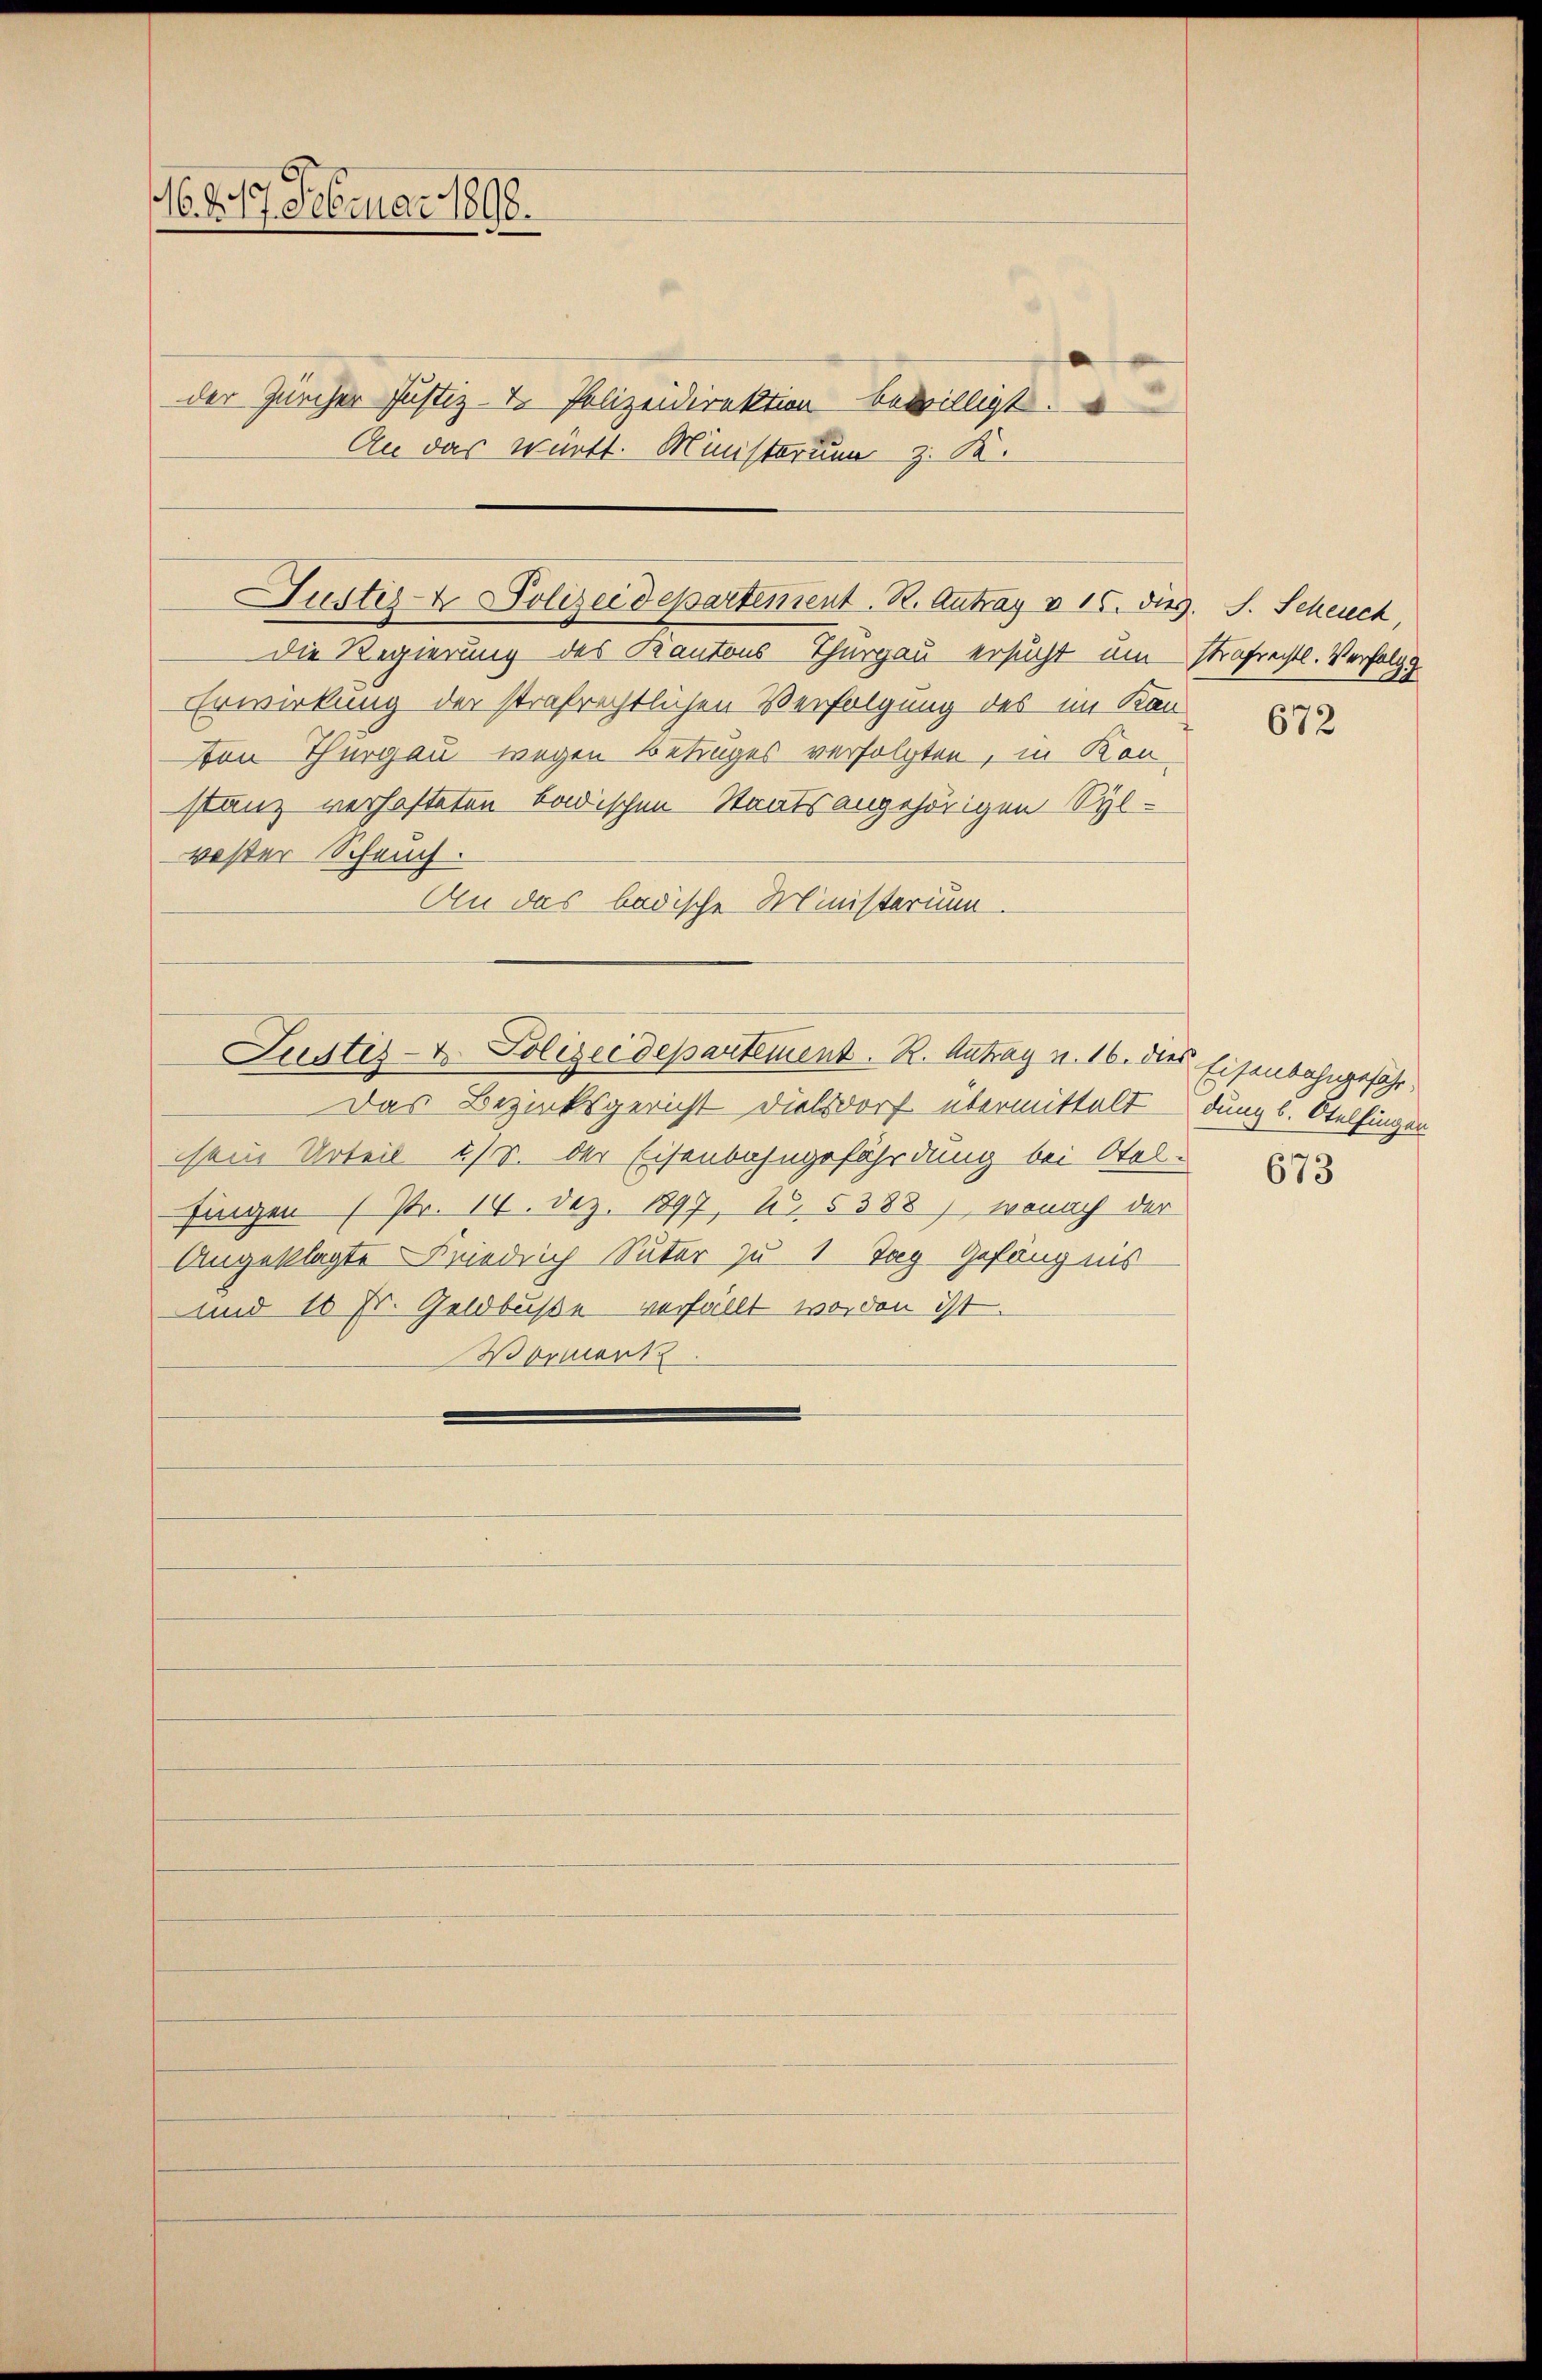
6. 217. Februar 1898.

der Zürcher Justiz- & Polizeidirektion bewilligt.
An das württ. Ministerum z. K.

Justiz- & Polizeidepartement. R. Antrag v. 15. dies. S. Scheuch,

die Regierung des Kantons-Thurgau ersucht um strafrechtl. Verz
Erwirkung der strafrechtlichen Verfolgung des im Kanvon Thurgau wegen Betruges verfolgten, in Konstanz verhafteten badischen Staatsangehörigen Sylvester Scheuch.
An das badische Ministerium

Das Bezirksgericht Dielsdorf übermittelt dung b. Otelfingen
sem Urteil ist. der Eisenbahngefährdung bei Stel-
fingen (Pr. 14. Dez. 1897, u. 5388), wonach der
Angeklagte Friedrich Suter zu 1 Tag Gefängnis
und 10 Fr. Geldbuße verfällt worden ist.
Vormerk

Justiz- u. Polizeidepartement. R. Antrag v. 16. dies Eisenbahngefahr-

2

672

673